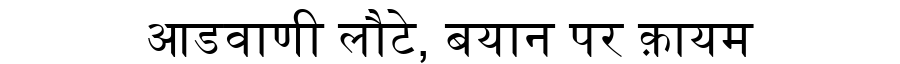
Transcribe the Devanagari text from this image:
आडवाणी लौटे, बयान पर क़ायम